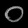
Digit: ၀